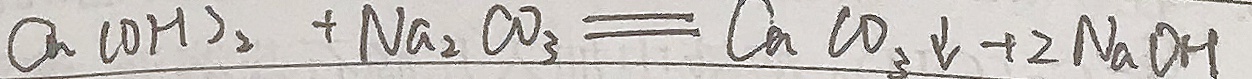
C a ( O H ) _ { 2 } + N a _ { 2 } C O _ { 3 } = C a C O _ { 3 } \downarrow + 2 N a O H